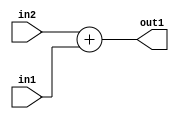
`timescale 1ps / 1ps
/*****************************************************************************
    Verilog RTL Description
    
    
    Created by: Stratus DpOpt 21.05.01 
*******************************************************************************/

module dut_Add_13Ux13U_14U_1 (
	in2,
	in1,
	out1
	); /* architecture "behavioural" */ 
input [12:0] in2,
	in1;
output [13:0] out1;
wire [13:0] asc001;

assign asc001 = 
	+(in2)
	+(in1);

assign out1 = asc001;
endmodule

/* CADENCE  urj0SQE= : u9/ySxbfrwZIxEzHVQQV8Q== ** DO NOT EDIT THIS LINE ******/